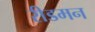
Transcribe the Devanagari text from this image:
रीडमन